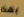
بهذا